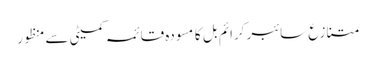
متنازع سائبر کرائم بل کا مسودہ قائمہ کمیٹی سے منظور